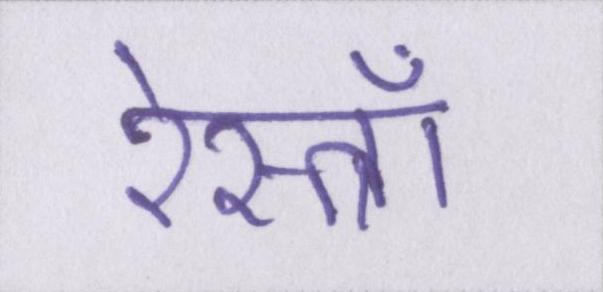
रेस्त्राँ